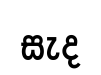
සැද